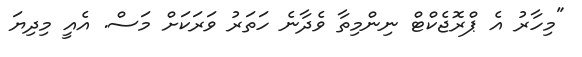
"މިހާރު އެ ޕްރޮޖެކްޓް ނިންމިތާ ވެދާނެ ހަތަރު ވަރަަކަށް މަސް. އެއީ މިދިޔަ